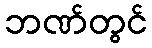
ဘဏ်တွင်